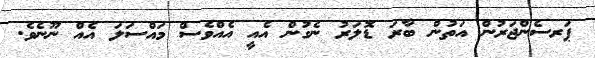
ޕަރސެންޖަރުން އަތުން ބާރަ ޑޮލަރު ނެގުން އެއީ އެއްވެސް މައްސަލަ އެއް ނޫނެވެ.